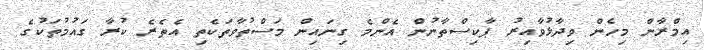
އިމްރާން މިހެން ވިދާޅުވާއިރު ޕާކިސްތާނުން އެންމެ ގިނައިން މަސްތުވާތަކެތި އެތެރެ ކުރާ ގައުމުތަކުގެ